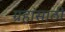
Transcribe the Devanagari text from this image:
ग्रहांसाठी